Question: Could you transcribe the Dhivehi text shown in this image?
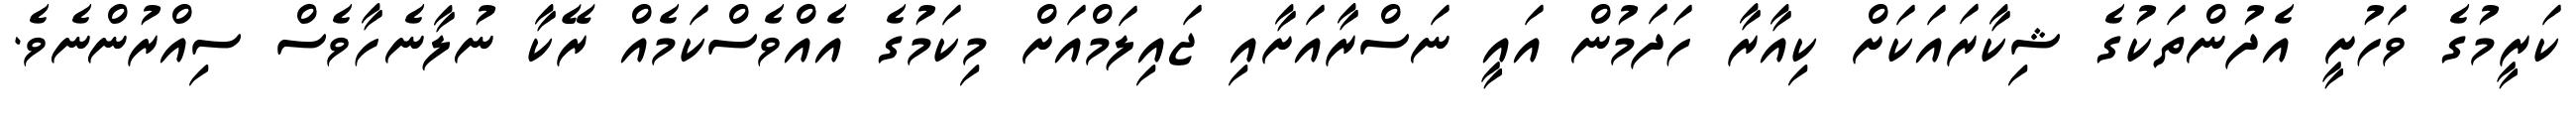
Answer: ކަރީމުގެ ވަހުށީ އެދުންތަކުގެ ޝިކާރައަކަށް ކިއާރާ ހަދަމުން އައީ ނަސްރާއަށާއި ޖައިލަމްއަށް މިކަމުގެ އެއްވެސްކަމެއް ރޭކާ ނުލާނެހާވެސް ސިއްރުންނެވެ.